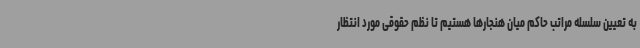
به تعیین سلسله مراتب حاکم میان هنجارها هستیم تا نظم حقوقی مورد انتظار